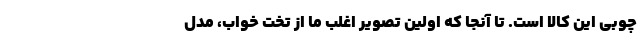
چوبی این کالا است. تا آنجا که اولین تصویر اغلب ما از تخت خواب، مدل